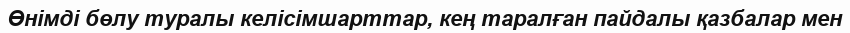
Өнімді бөлу туралы келісімшарттар, кең таралған пайдалы қазбалар мен